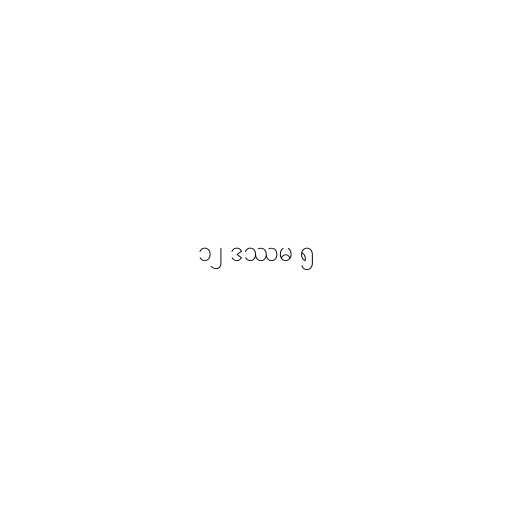
၁၂ ဒဿမ ၅